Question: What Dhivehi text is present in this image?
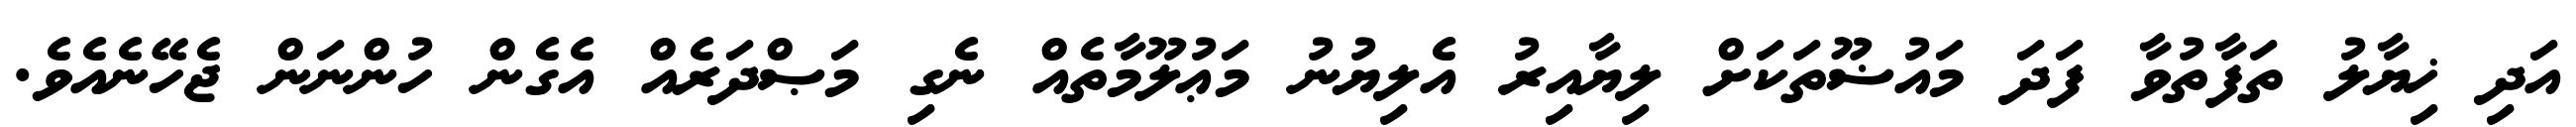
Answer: އަދި ޚިޔާލު ތަފާތުވާ ފަދަ މައުޟޫތަކަށް ލިޔާއިރު އެލިޔުނު މަޢުލޫމާތެއް ނެގި މަޞްދަރެއް އެގެން ހުންނަން ޖެހޭނެއެވެ.